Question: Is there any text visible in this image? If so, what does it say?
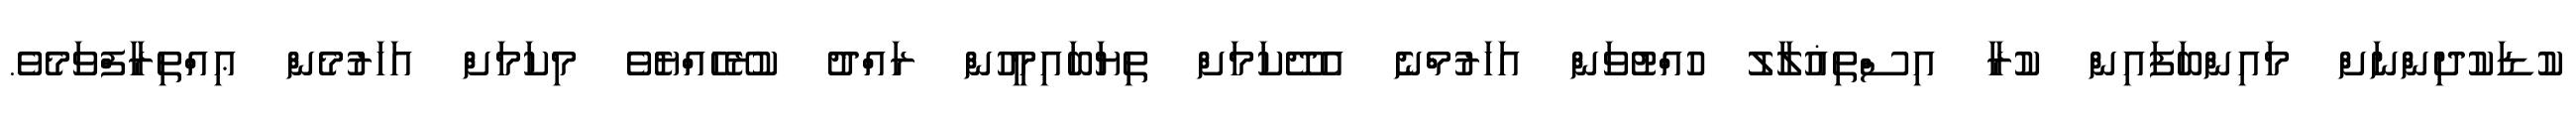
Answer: ކުޑަކުދިންނަށް މައިންބަފައިން ކުރާ އިސްތިޣުލާލު ހުއްޓުވަން އަހަރުމްނެ އެދޭކަމަށް ތިޔަބައިމީހުން ރައްދު ކުރޭހެއްޔެވެ މިކަމަށް އަހަރުމެން ޢިއްތިރާފްވަމެވެ.